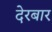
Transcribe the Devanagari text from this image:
देरबार